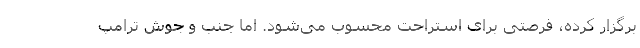
برگزار کرده، فرصتی برای استراحت محسوب می‌شود. اما جنب و جوش ترامپ